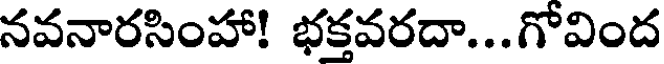
నవనారసింహా! భక్తవరదా...గోవింద